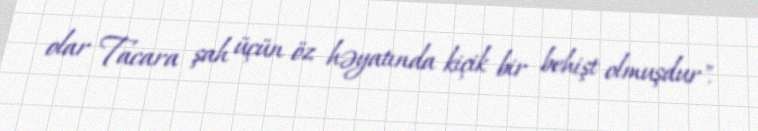
olar Tacara şah üçün öz həyatında kiçik bir behişt olmuşdur".